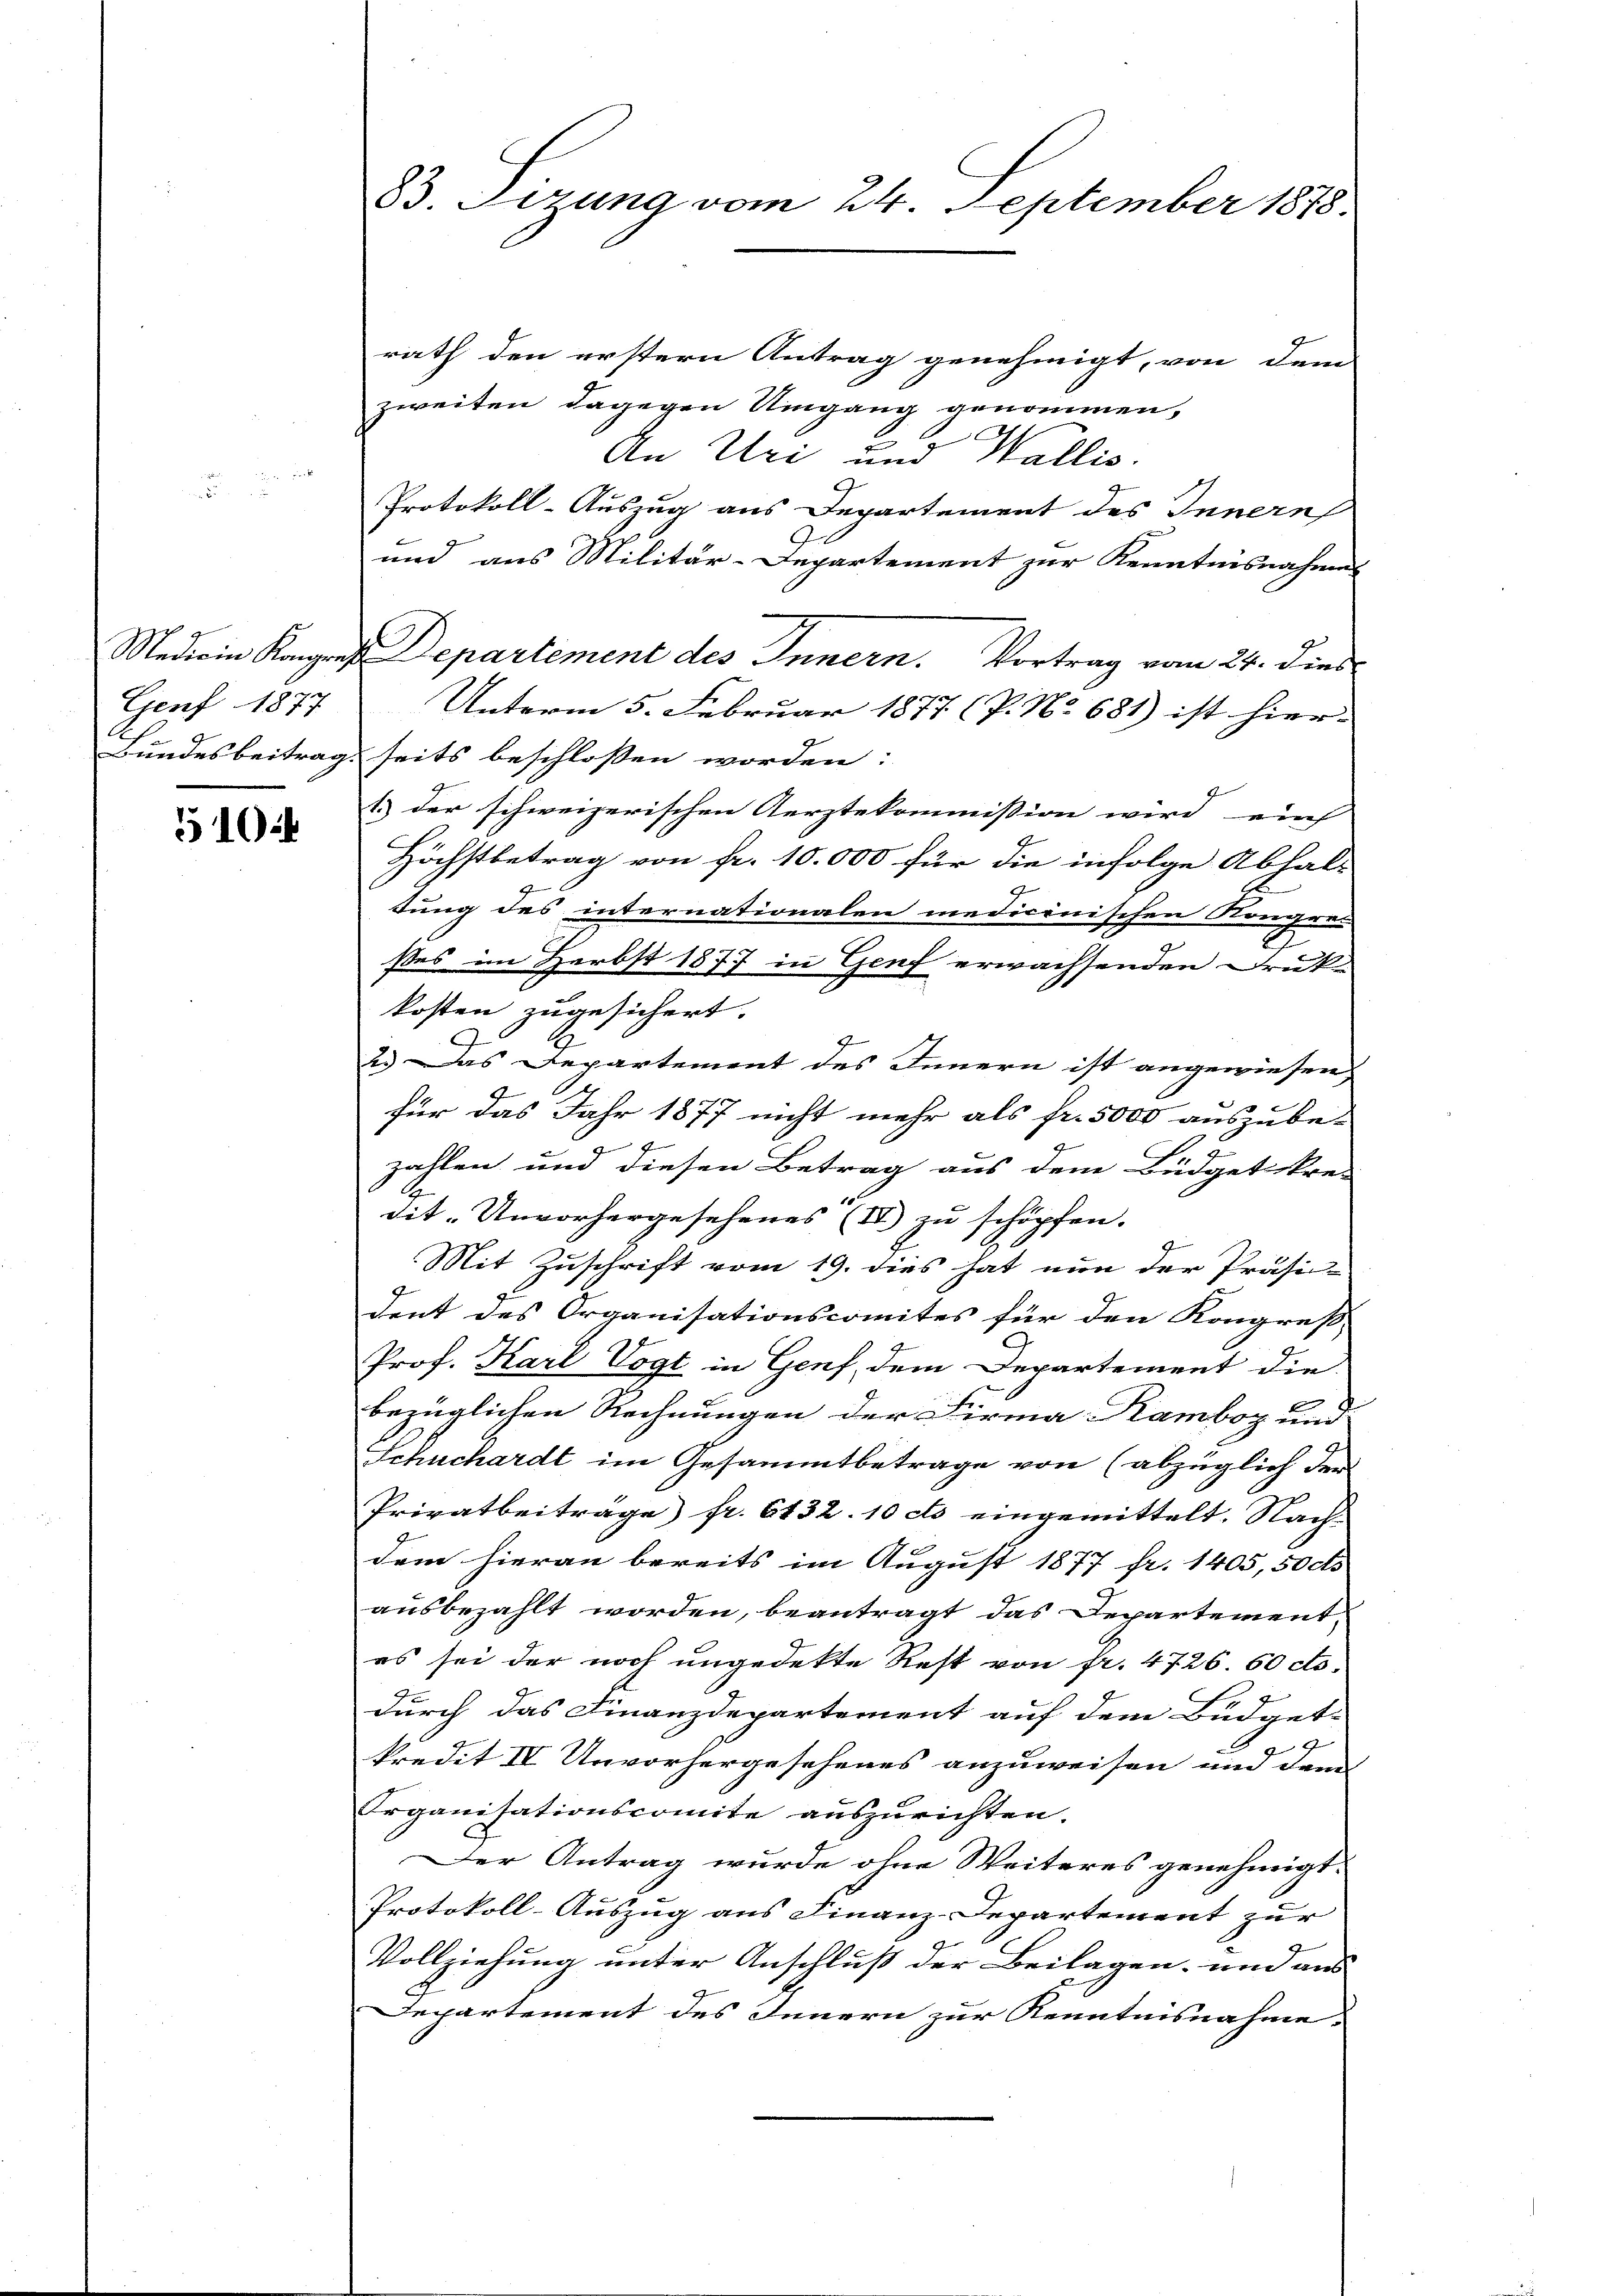
Genf 1877
Bundesbeitrag.

510

83. Sizung vom 24. September 1878.

rath den erstern Antrag genehmigt, von dem
zweiten dagegen Umgang genommen,
An Uri und Wallis.
Protokoll-Auszug aus Departement des Innern
und aus Militär-Departement zur Kenntnisnahmes
Medicin Kongreß Departement des Innern. Vortrag vom 24. dies
Unterm 5. Februar 1877 (P. No 681) ist hier-
seits beschlossen worden:
1.) der schweizerischen Aerztekommission wird eins
Höchstbetrag von fr. 10.000 für die infolge Abhalt
E.
tung des internationalen medicinischen Kongren-
.
ßes im Herbst 1877 in Genf erwachsenden Drukkosten zugesichert.
2.) Das Departement des Innern ist angewiesen,
.
für das Jahr 1877 nicht mehr als fr. 5000 auszube-
e
zahlen und diesen Betrag aus dem Büdgetkre-
dit-Unvorhergesehenes (II) zu schöpfen.
Mit Zuschrift vom 19. dies hat nun der Präsi-
dent des Organisationscomites für den Kongreß
Prof. Karl Vogt in Genf, dem Departement die
bezüglichen Rechnungen der Firma-Rambog und
Schuchardt im Gesammtbetrage von (abzüglich der
Privatbeiträge fr. 6132. 10 cts eingemittelt. Nach-
dem hieran bereits im August 1877 fr. 1405, 50 ds
ausbezahlt worden, beantragt das Departement
es sei der noch ungedekte Rest von fr. 4726. 60 cts.
durch das Finanzdepartement auf dem Büdget-
2
kredit IV Unvorhergesehenes anzuweisen und dann
Organisationscomite auszurichten.
Der Antrag wurde ohne Weiteres genehmigt.
Protokoll-Auszug aus Finanz-Departement zur
Vollziehung unter Anschluß der Beilagen, und aus
Departement des Innern zur Kenntnisnahme,